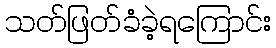
သတ်ဖြတ်ခံခဲ့ရကြောင်း